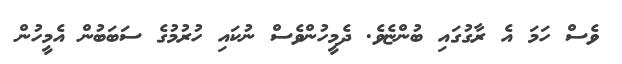
ވެސް ހަމަ އެ ރާގުގައި ބުންޏެވެ. ދެމީހުންވެސް ނުކައި ހުރުމުގެ ސަބަބުން އެމީހުން